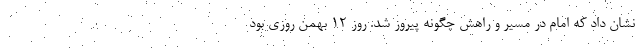
نشان داد که امام در مسیر و راهش چگونه پیروز شد. روز ۱۲ بهمن روزی بود